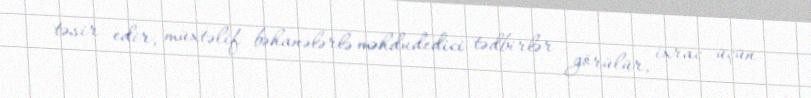
təsir edir, müxtəlif bəhanələrlə məhdudedici tədbirlər görülür, ixrac üçün